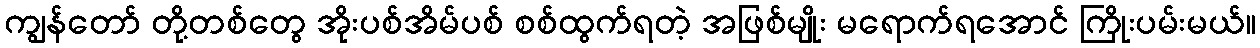
ကျွန်တော် တို့တစ်တွေ အိုးပစ်အိမ်ပစ် စစ်ထွက်ရတဲ့ အဖြစ်မျိုး မရောက်ရအောင် ကြိုးပမ်းမယ်။